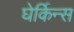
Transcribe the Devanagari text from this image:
घेर्किन्स